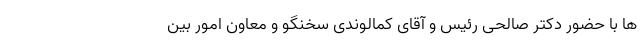
ها با حضور دکتر صالحی رئیس و آقای کمالوندی سخنگو و معاون امور بین